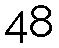
48